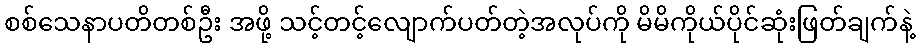
စစ်သေနာပတိတစ်ဦး အဖို့ သင့်တင့်လျောက်ပတ်တဲ့အလုပ်ကို မိမိကိုယ်ပိုင်ဆုံးဖြတ်ချက်နဲ့